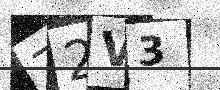
Text: Z2V3